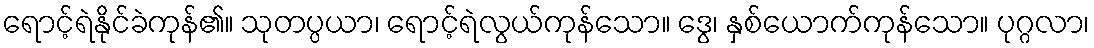
ရောင့်ရဲနိုင်ခဲကုန်၏။ သုတပ္ပယာ၊ ရောင့်ရဲလွယ်ကုန်သော။ ဒွေ၊ နှစ်ယောက်ကုန်သော။ ပုဂ္ဂလာ၊